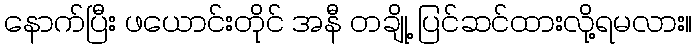
နောက်ပြီး ဖယောင်းတိုင် အနီ တချို့ ပြင်ဆင်ထားလို့ရမလား။